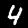
Label: 4